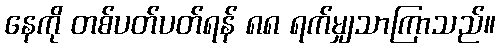
နေကို တစ်ပတ်ပတ်ရန် ၈၈ ရက်မျှသာကြာသည်။